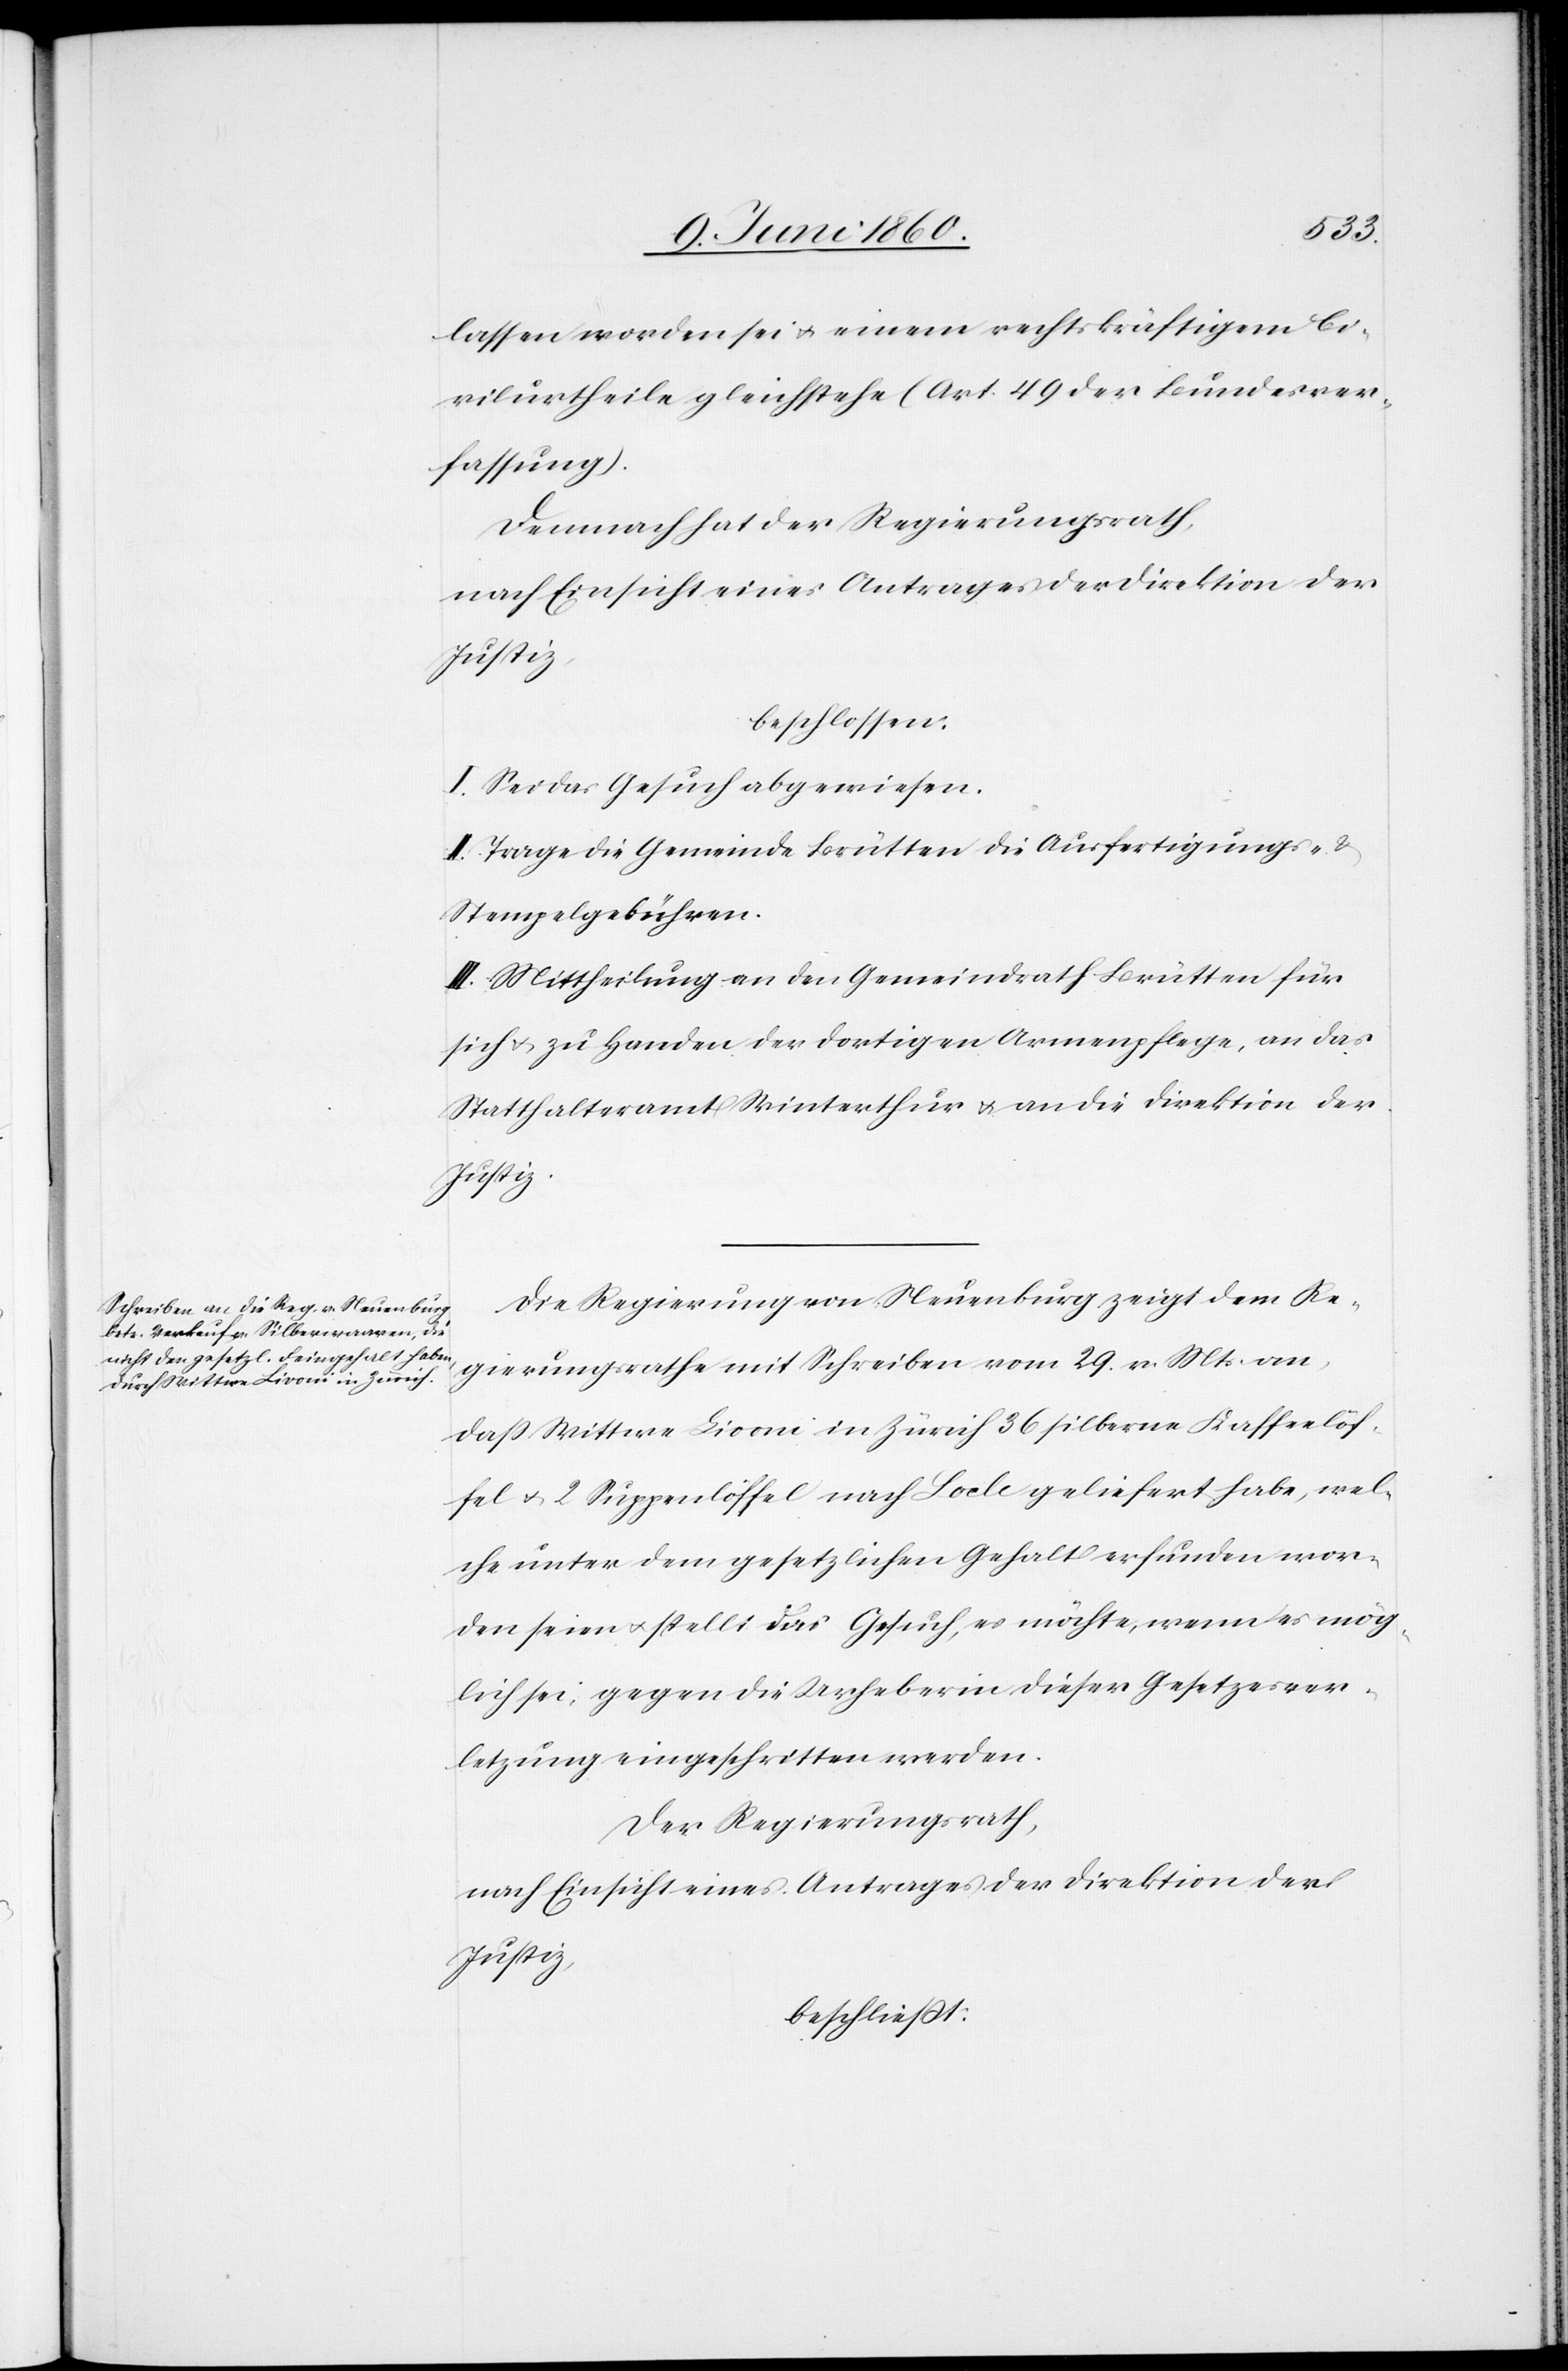
lassen worden sie u. einem rechtskräftigem Ci¬
vilurtheile gleichstehe (Art. 49 der Bundesver¬
fassung).
Demnach hat der Regierungsrath,
nach Einsicht eines Antrages der Direktion der
Justiz,
beschlossen:
I. Sei das Gesuch abgewiesen.
II. Trage die Gemeinde Brütten die Ausfertigungs-
Stempelgebühren.
III. Mittheilung an den Gemeindrath Brütten für
sich u. zu Handen der dortigen Armenpflege, an das
Statthalteramt Winterthur u. an die Direktion der
Justiz.
Die Regierung von Neuenburg zeigt dem Re¬
gierungsrathe mit Schreiben vom 29. v. Mts. an,
dass Wittwe Liooni [sic!] in Zürich 36 silberne Kaffeelöf¬
fel u. 2 Suppenlöffel nach Locle geliefert habe, wel¬
che unter dem gesetzlichen Gehalt erfunden wor¬
den seien u. stellt das Gesuch, es möchte, wenn es mög¬
lich sei, gegen die Urheberin dieser Gesetzesver¬
letzung eingeschritten werden.
Der Regierungsrath,
nach Einsicht eines Antrages der Direktion der
beschliesst,